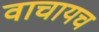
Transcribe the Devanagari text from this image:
वाचायच